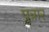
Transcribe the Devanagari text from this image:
पुन्नार